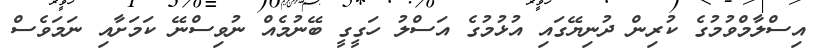
އިސްލާމްވުމުގެ ކުރިން ދުނިޔޭގައި އުޅުމުގެ އަސްލު ހަގީގީ ބޭނުމެއް ނުވިސްނޭ ކަމަށާއި ނަމަވެސް